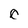
Character: c